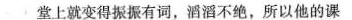
堂上就变得振振有词，滔滔不绝，所以他的课